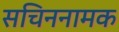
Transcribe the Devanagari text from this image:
सचिननामक